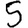
Digit: 5